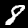
Digit: 8